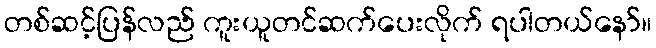
တစ်ဆင့်ပြန်လည် ကူးယူတင်ဆက်ပေးလိုက် ရပါတယ်နော်။